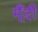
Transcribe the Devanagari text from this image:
मूँदी